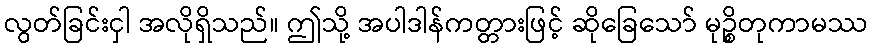
လွတ်ခြင်းငှါ အလိုရှိသည်။ ဤသို့ အပါဒါန်ကတ္တားဖြင့် ဆိုခြေသော် မုဉ္စိတုကာမဿ